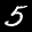
Label: 5